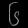
Digit: ၆